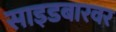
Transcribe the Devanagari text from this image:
साइडबारवर